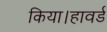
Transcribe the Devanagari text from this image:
किया।हावर्ड